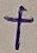
Text: +